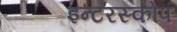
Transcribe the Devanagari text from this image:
इन्टरस्कोप